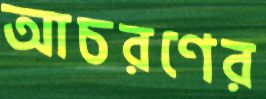
আচরণের